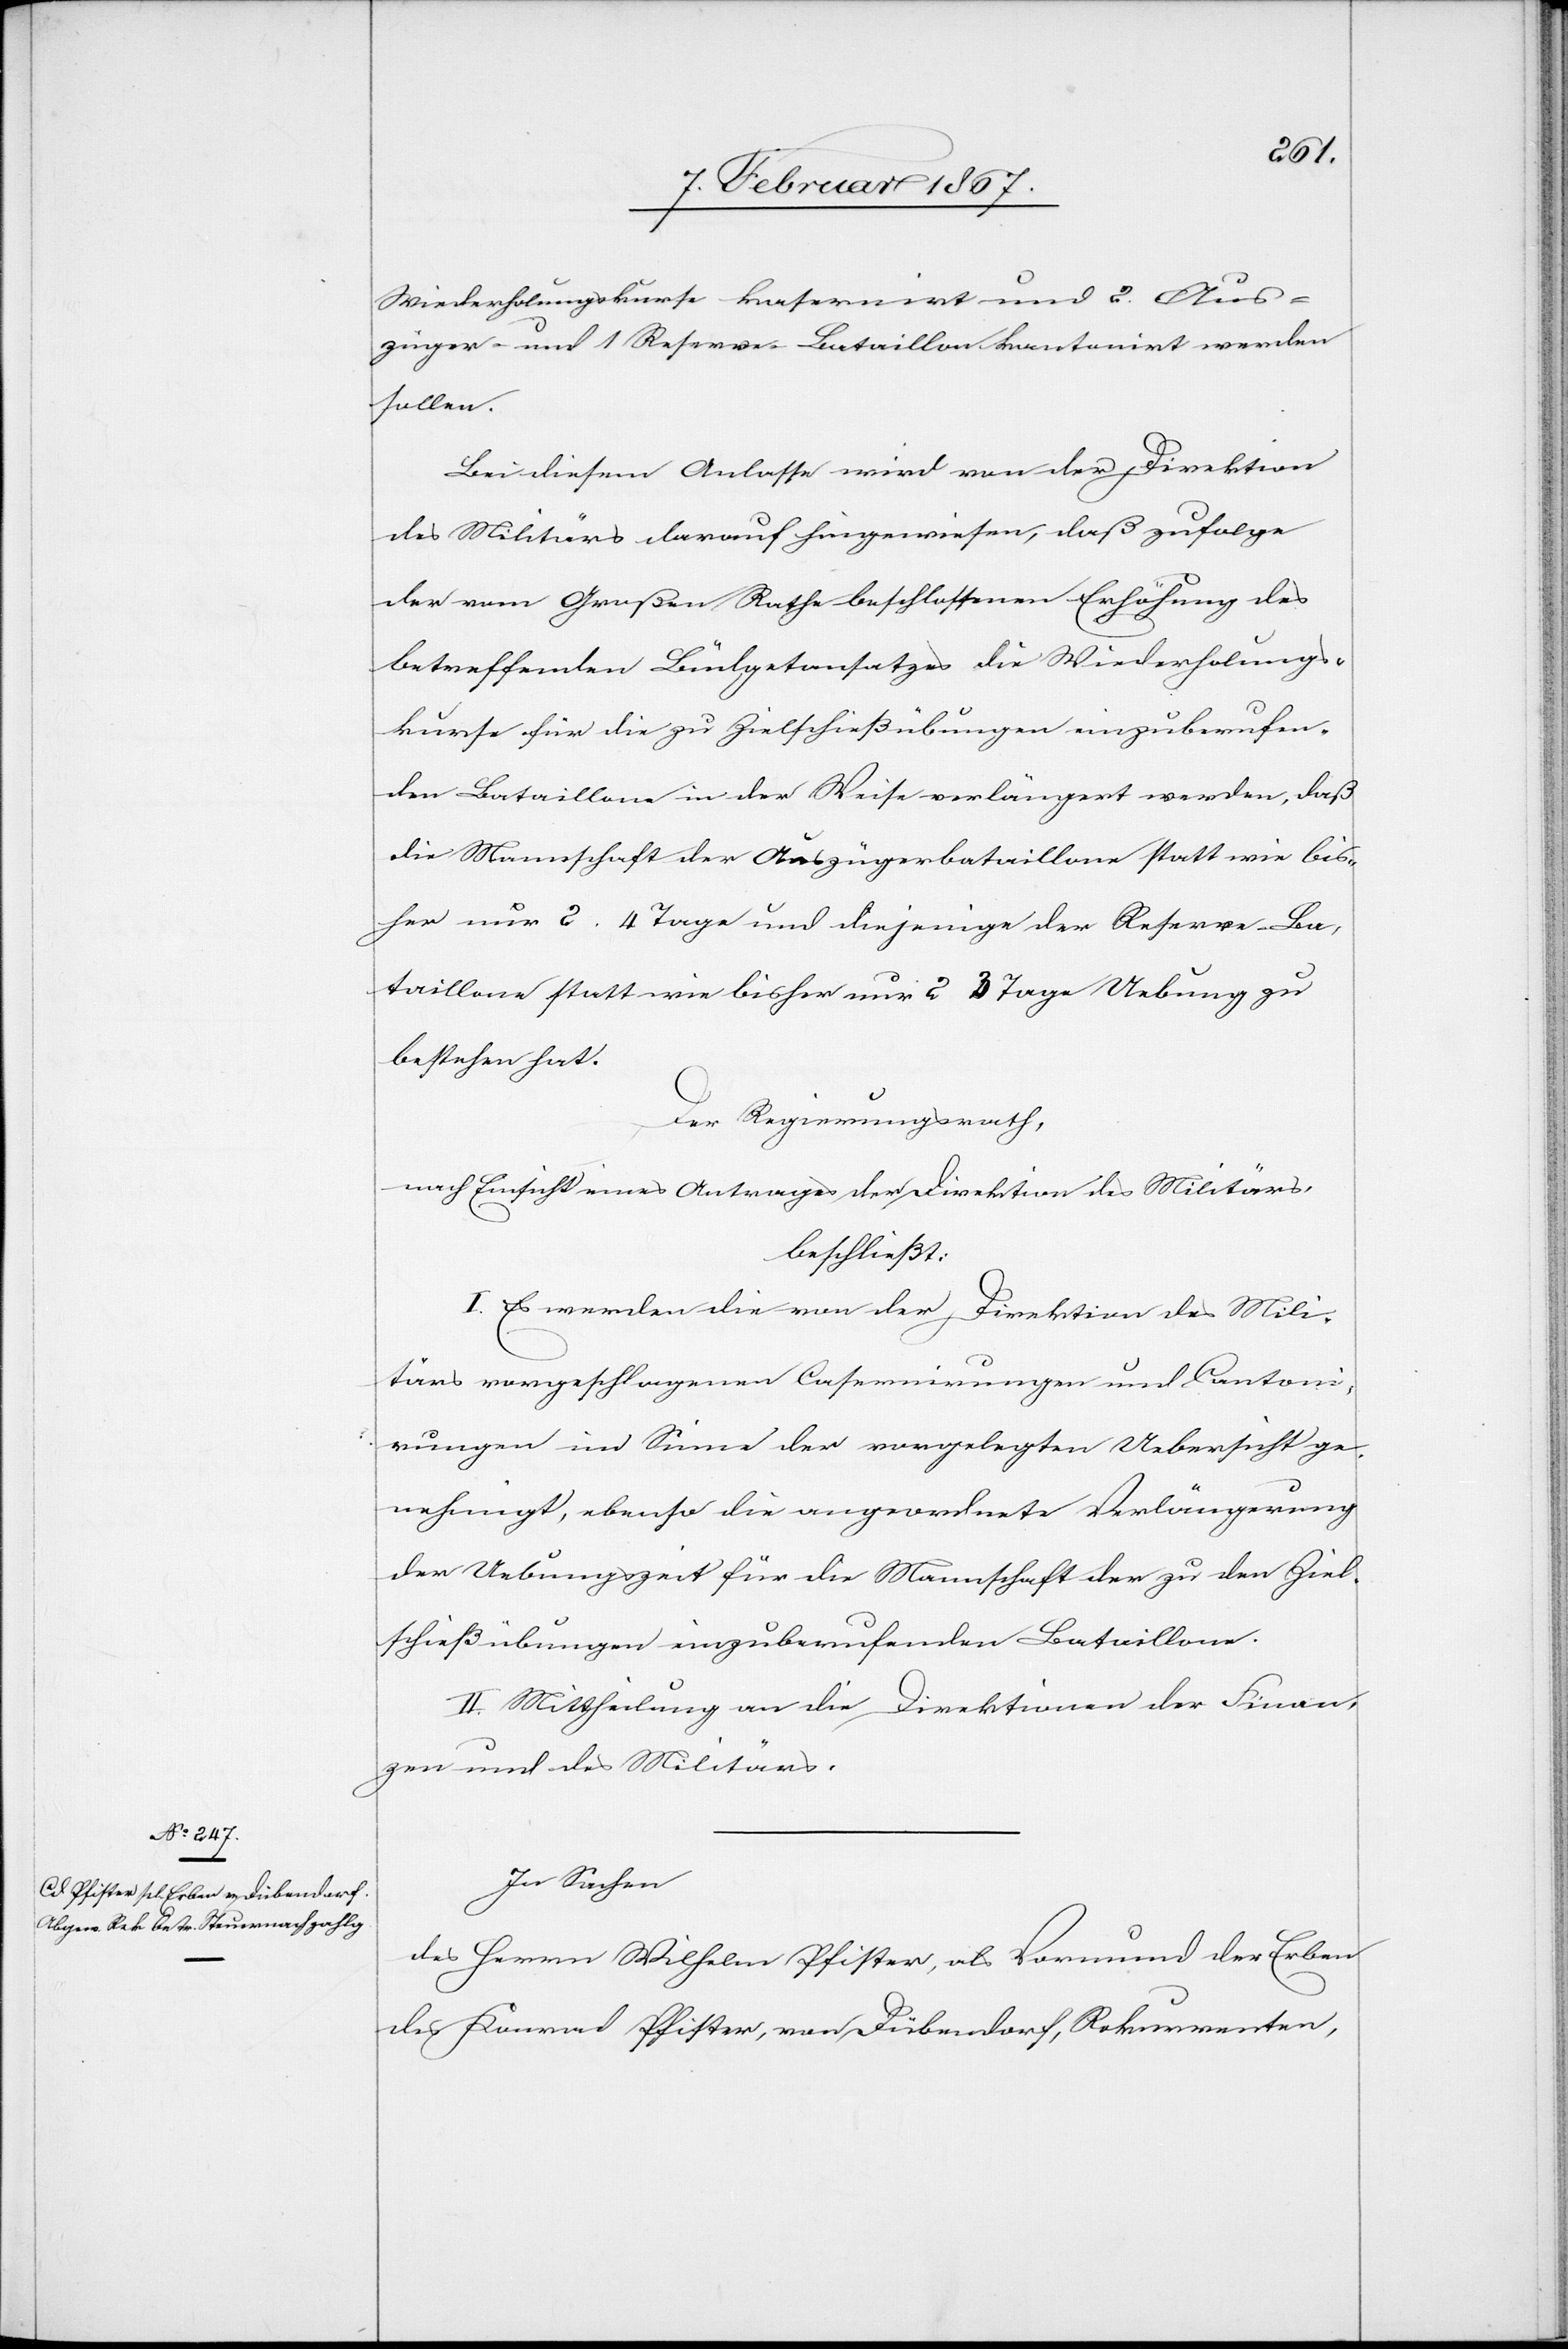
Wiederholungskurse kasernirt und 2. Aus¬
züger- und 1 Reserve-Bataillon kantonirt werden
sollen.
Bei diesem Anlasse wird von der Direktion
des Militärs darauf hingewiesen, daß zufolge
der vom Großen Rathe beschlossenen Erhöhung des
betreffenden Büdgetansatzes die Wiederholungs¬
kurse für die zu Zielschießübungen einzuberufen¬
den Bataillone in der Weise verlängert werden, daß
die Mannschaft der Auszügerbataillone statt wie bis¬
her nur 2 . 4 Tage und diejenige der Reserve-Ba¬
taillone statt wie bisher nur 2 3 Tage Uebung zu
bestehen hat.
Der Regierungsrath,
nach Einsicht eines Antrages der Direktion des Militärs,
beschließt:
I. Es werden die von der Direktion des Mili¬
tärs vorgeschlagenen Casernierungen und Cantoni¬
rungen im Sinne der vorgelegten Uebersicht ge¬
nehmigt, ebenso die angeordnete Verlängerung
der Uebungszeit für die Mannschaft der zu den Ziel¬
schießübungen einzuberufenden Bataillone.
II. Mittheilung an die Direktion der Finan¬
zen und des Militärs.
In Sachen
des Herrn Wilhelm Pfister, als Vormund der Erben
des Konrad Pfister, von Dübendorf, Rekurrenten,